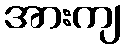
အားကျ